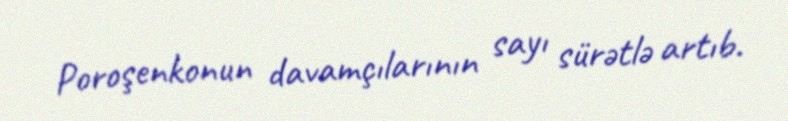
Poroşenkonun davamçılarının sayı sürətlə artıb.